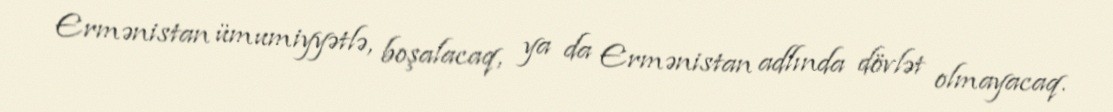
Ermənistan ümumiyyətlə, boşalacaq, ya da Ermənistan adlında dövlət olmayacaq.